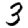
Digit: 3